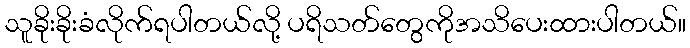
သူခိုးခိုးခံလိုက်ရပါတယ်လို့ ပရိသတ်တွေကိုအသိပေးထားပါတယ်။